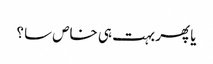
یا پھر بہت ہی خاص سا ؟